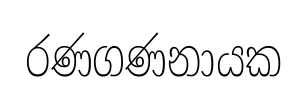
රණගණනායක